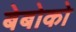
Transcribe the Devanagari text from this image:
बेबोको